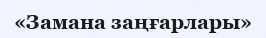
«Замана заңғарлары»